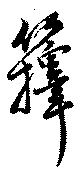
籜